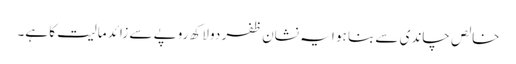
خالص چاندی سے بنا ہو ا یہ نشان ظفر دو لاکھ روپے سے زائد مالیت کا ہے۔